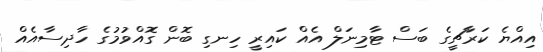
އިއްޔެ ކަރާޗީގެ ބަސް ޓާމިނަލް އެއް ކައިރީ ހިނގި ބޮން ގޮއްވުމުގެ ހާދިސާއެއް